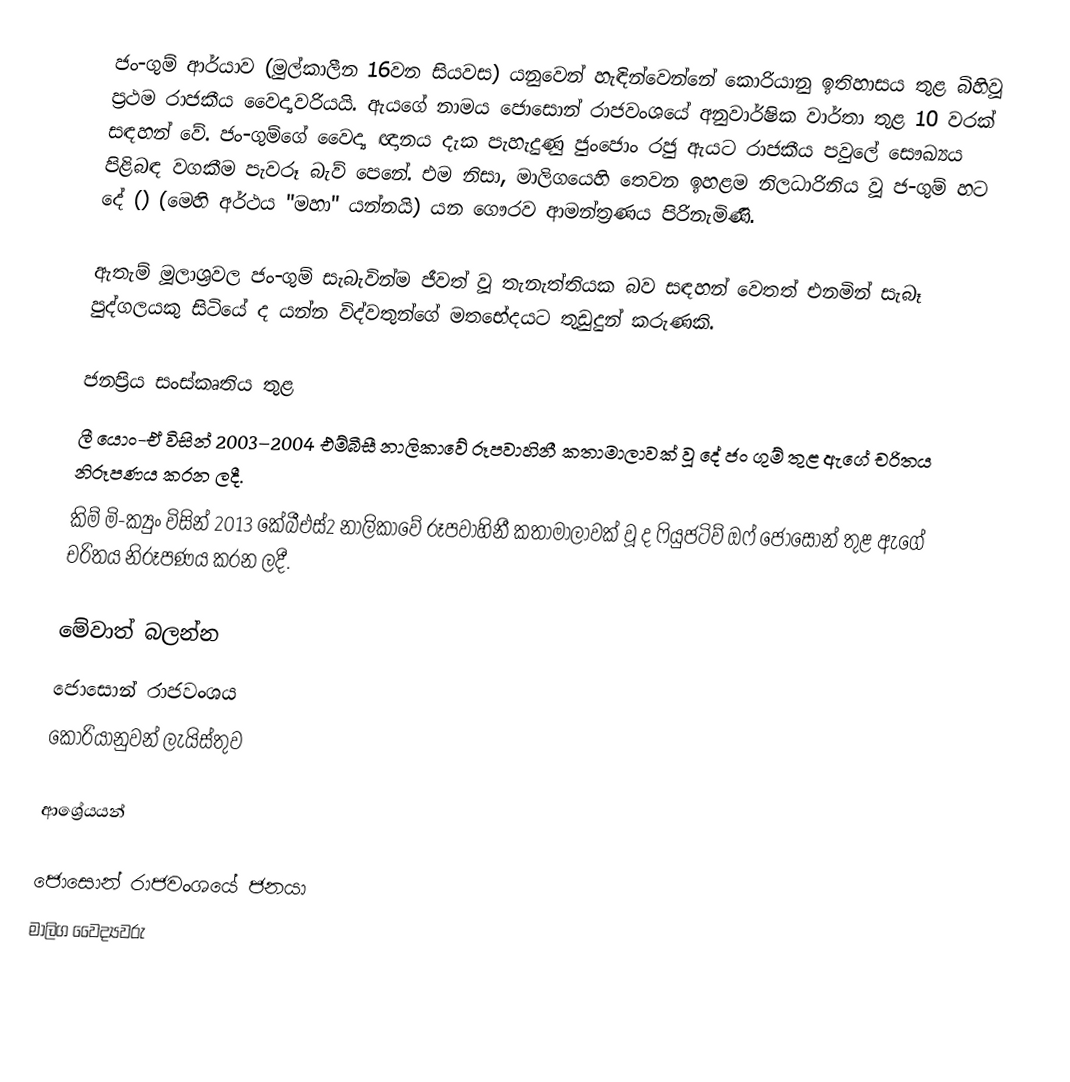
ජං-ගුම් ආර්යාව (මුල්කාලීන 16වන සියවස) යනුවෙන් හැඳින්වෙන්නේ කොරියානු ඉතිහාසය තුළ බිහිවූ ප්‍රථම රාජකීය වෛද්‍යවරියයි. ඇයගේ නාමය ජොසොන් රාජවංශයේ අනුවාර්ෂික වාර්තා තුළ 10 වරක් සඳහන් වේ. ජං-ගුම්ගේ වෛද්‍ය ඥානය දැක පැහැදුණු ජුංජොං රජු ඇයට රාජකීය පවුලේ සෞඛ්‍යය පිළිබඳ වගකීම පැවරූ බැව් පෙනේ. එම නිසා, මාලිගයෙහි තෙවන ඉහළම නිලධාරිනිය වූ ජ-ගුම් හට දේ () (මෙහි අර්ථය "මහා" යන්නයි) යන ගෞරව ආමන්ත්‍රණය පිරිනැමිණි.

ඇතැම් මූලාශ්‍රවල ජං-ගුම් සැබැවින්ම ජීවත් වූ තැනැත්තියක බව සඳහන් වෙතත් එනමින් සැබෑ පුද්ගලයකු සිටියේ ද යන්න විද්වතුන්ගේ මතභේදයට තුඩුදුන් කරුණකි.

ජනප්‍රිය සංස්කෘතිය තුළ
 ලී යොං-ඒ විසින් 2003–2004 එම්බීසී නාලිකාවේ රූපවාහිනී කතාමාලාවක් වූ දේ ජං ගුම් තුළ ඇගේ චරිතය නිරූපණය කරන ලදී.
 කිම් මි-ක්‍යුං විසින් 2013 කේබීඑස්2 නාලිකාවේ රූපවාහිනී කතාමාලාවක් වූ ද  ෆියුජටිව් ඔෆ් ජොසොන් තුළ ඇගේ චරිතය නිරූපණය කරන ලදී.

මේවාත් බලන්න
ජොසොන් ‍රාජවංශය
කොරියානුවන් ලැයිස්තුව

ආශ්‍රේයයන්

ජොසොන් රාජවංශයේ ජනයා
මාලිග වෛද්‍යවරු